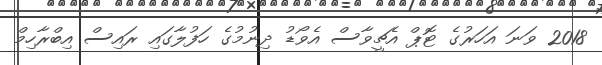
2018 ވަނަ އަހަރުގެ ޓޮޕް އެޗީވާސް އެވޯޑު ދިނުމުގެ ހަފުލާގައި ރައިސް އިބްރާހިމް